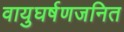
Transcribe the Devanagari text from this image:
वायुघर्षणजनित